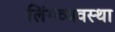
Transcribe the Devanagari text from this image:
लिंगव्यवस्था